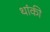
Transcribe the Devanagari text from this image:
थांकी